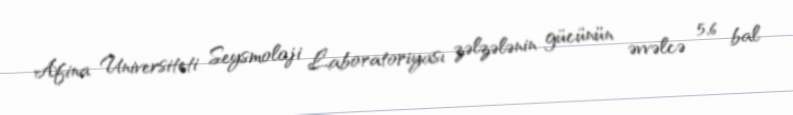
Afina Universiteti Seysmoloji Laboratoriyası zəlzələnin gücünün əvvəlcə 5,6 bal